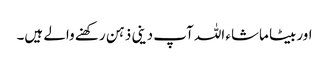
اوربیٹا ماشاء اللہ آپ دینی ذہن رکھنے والے ہیں۔